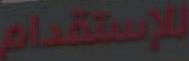
للإستقدام